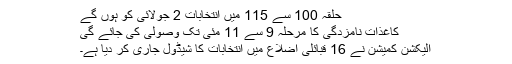
حلقہ 100 سے 115 میں انتخابات 2 جولائی کو ہوں گے
کاغذات نامزدگی کا مرحلہ 9 سے 11 مئی تک وصولی کی جائے گی
الیکشن کمیشن نے 16 قبائلی اضلاع میں انتخابات کا شیڈول جاری کر دیا ہے۔